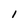
Character: I